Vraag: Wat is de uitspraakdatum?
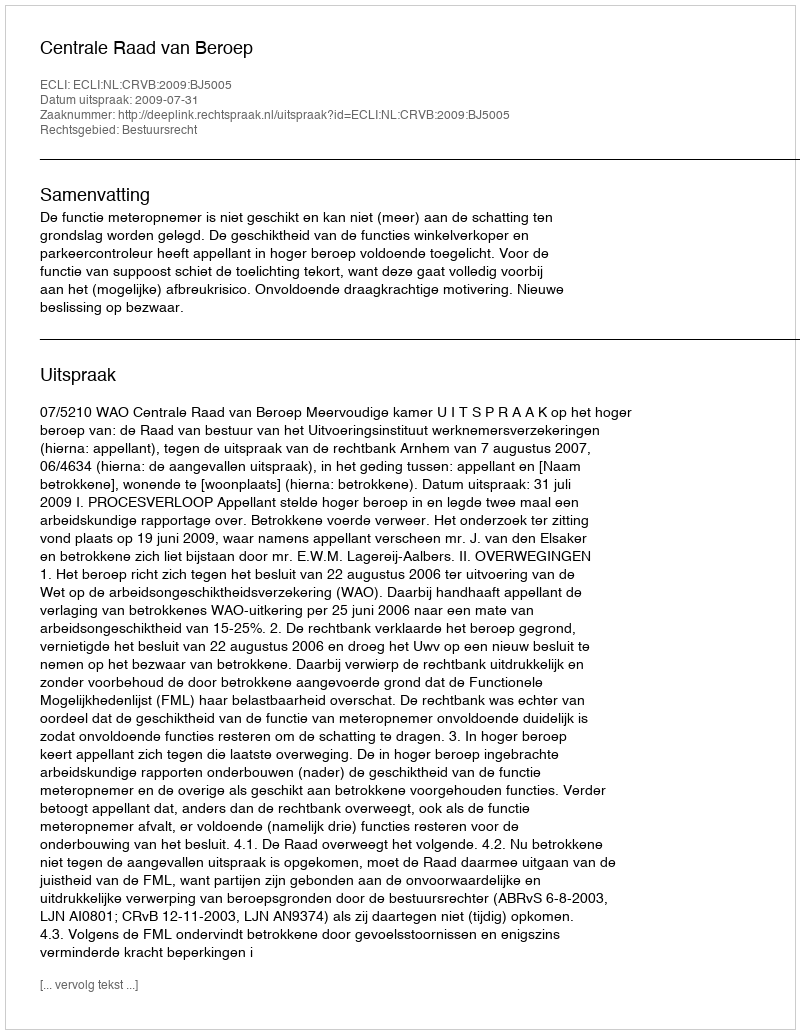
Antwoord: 2009-07-31